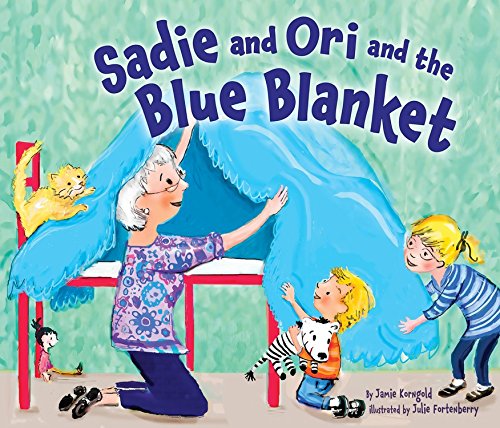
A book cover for Sadie and Ori and the Blue Blanket (Passover); Jamie Korngold; Children's Books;